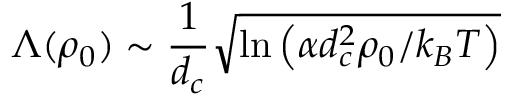
\Lambda ( \rho _ { 0 } ) \sim \frac { 1 } { d _ { c } } \sqrt { \ln \left( \alpha d _ { c } ^ { 2 } \rho _ { 0 } / k _ { B } T \right) }